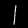
Label: 1